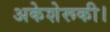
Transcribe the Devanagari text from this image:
अकेशेरूकी।